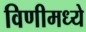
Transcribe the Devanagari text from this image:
विणीमध्ये